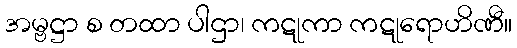
အမ္ဗဋ္ဌာ စ တထာ ပါဌာ၊ ကဋုကာ ကဋုရောဟိဏီ။